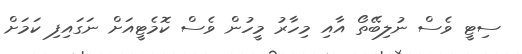
ސިޓީ ވެސް ނުލިބޭތޯ އާއި މިހާރު މީހުން ވެސް ކޮމެޓީއަށް ނަގައިފި ކަމަށް